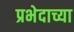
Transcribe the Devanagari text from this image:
प्रभेदाच्या